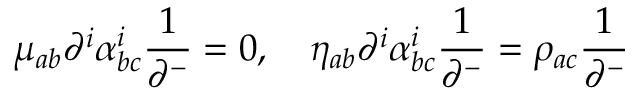
\mu _ { a b } \partial ^ { i } \alpha _ { b c } ^ { i } \frac { 1 } { \partial ^ { - } } = 0 , \quad \eta _ { a b } \partial ^ { i } \alpha _ { b c } ^ { i } \frac { 1 } { \partial ^ { - } } = \rho _ { a c } \frac { 1 } { \partial ^ { - } }